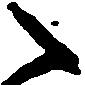
々